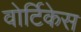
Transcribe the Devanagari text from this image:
वोर्टिकेस